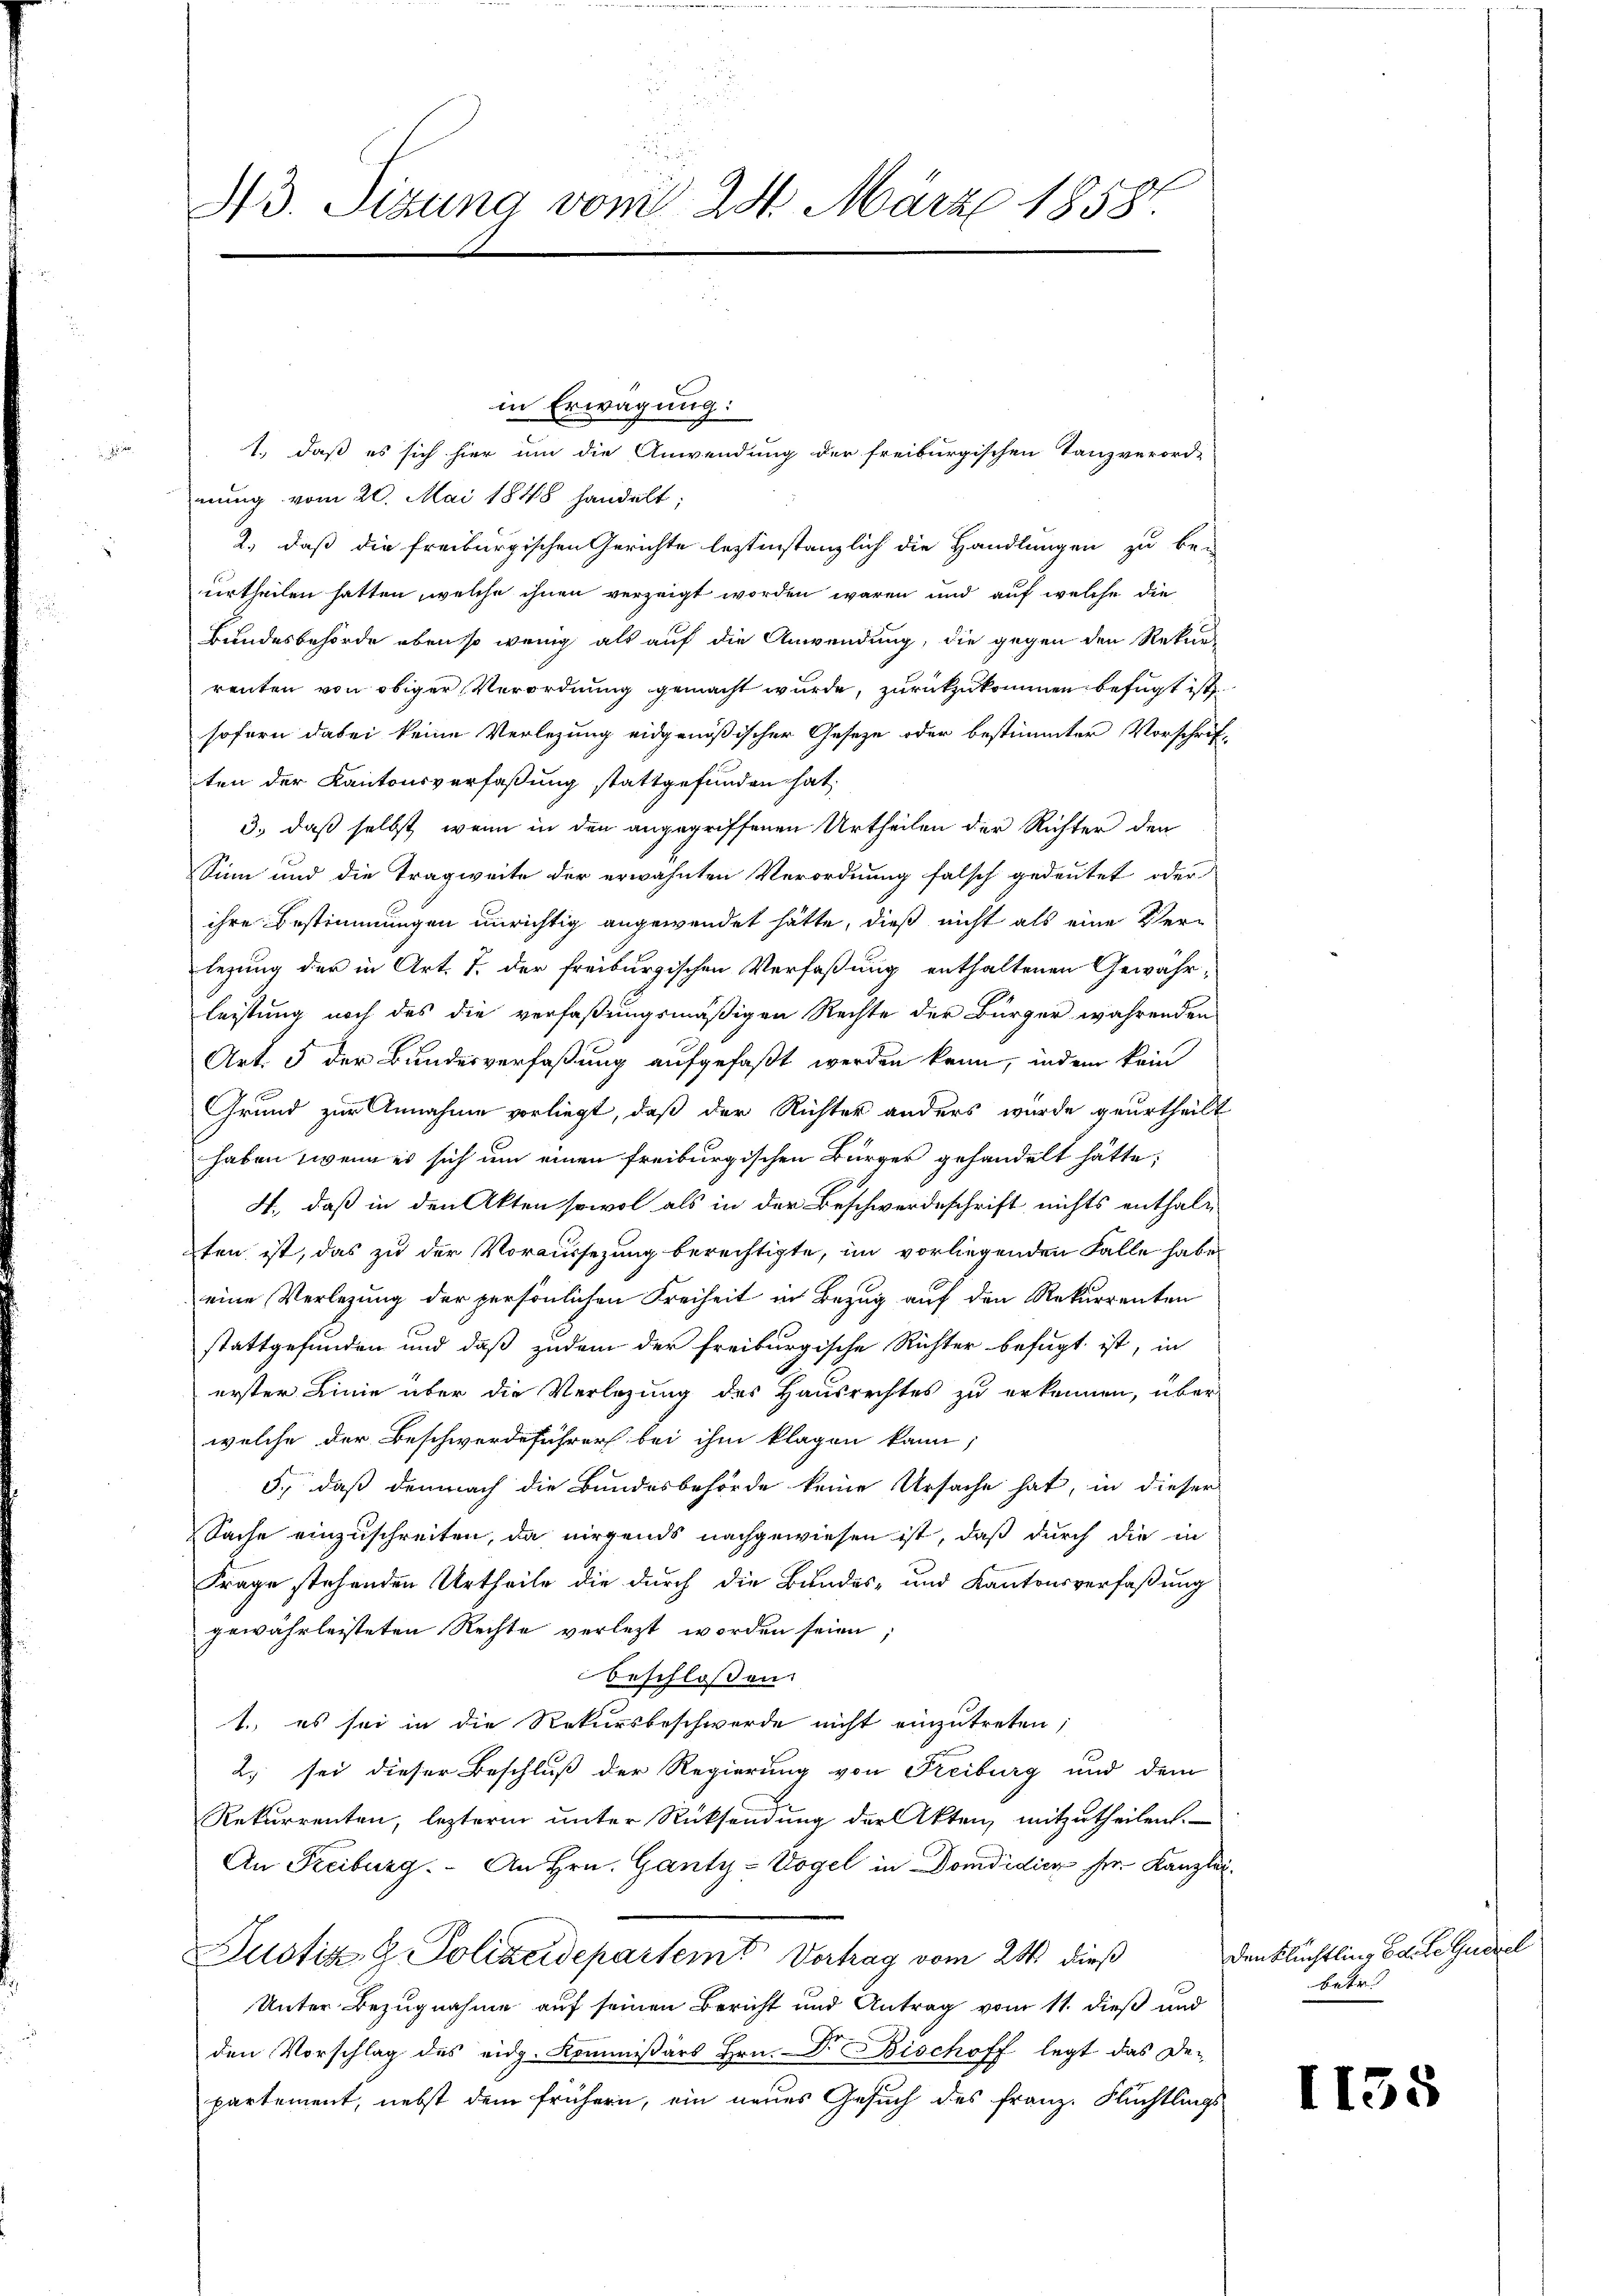
1

43. Sizung vom 24. März 18587.

nung vom 20. Mai 1848 handelt;
2., daß die freiburgischen Gerichte lestinstanzlich die Handlungen zu be-
urtheilen hatten, welche ihnen verzeigt worden wären und auf welche die
Bundesbehörde eben so wenig als auf die Anwendung, die gegen den Rekur-
renten von obiger Verordnung gemacht wurde, zurückzukommen befugt ist.
sofern dabei keine Verlegung eidgenößischer Geseze oder bestimmter Vorschriften der Kantonsverfaßung stattgefunden hat,
3.) daß selbst, wenn in den angegriffenen Urtheilen der Richter den
Sinn und die Tragweite der erwähnten Verordnung falsch gedeutet oder
ihre Bestimmungen unrichtig angewendet hätte, dieß nicht als eine Verlegung der in Art. 7. der freiburgischen Verfaßung enthaltenen Gewähr-
leistung noch des die verfaßungsmäßigen Rechte der Bürger währenden
Art. 5 der Bundesverfaßung aufgefaßt werden kann, indem kein
Grund zur Annahme vorliegt, daß der Richter anders wurde geurtheilt
haben, wenn es sich um einen freiburgischen Bürger gehandelt hätte;
4., daß in den Akten sowol als in der Beschwerdeschrift nichts enthalten ist, das zu der Voraussezung berechtigte, im vorliegenden Falle habe
eine Verlegung der persönlichen Freiheit in Bezug auf den Rekurrenten
stattgefunden und daß zudem der freiburgische Richter befugt ist, in
erster Linie über die Verlegung des Hausrechtes zu erkennen, über
welche der Beschwerdeführer bei ihm klagen kann,
5., daß demnach die Bundesbehörde keine Ursache hat, in dieser
Sache einzuschreiten, da nirgends nachgewiesen ist, daß durch die in
Frage stehenden Urtheile die durch die Bundes- und Kantonsverfaßung
gewährleisteten Rechte verletzt worden seien
beschlossen:
1. es sei in die Rekursbeschwerde nicht einzutreten;
2) sei dieser Beschluß der Regierung von Freiburg und dem
Rekurrenten, leztere unter Rücksendung der Akten, mitzutheilen.
An Freiburg. An Hrn. Ganty-Vogel in Domdidien ser Kanzli
Justiz G. Polizeidepartem Vortrag vom 24. dieß
Unter Bezugnahme auf seinen Bericht und Antrag vom 11. dieß und
den Vorschlag des eidg. Kommißärs Hrn. Dr. Bischoff legt das Departement, nebst dem frühern, ein neues Gesuch des Franz. Flüchtlings

in Erwägung:

1., daß es sich hier um die Anwendung der freiburgischen Tanzverord-

.

denklichtling Balte Guarel
betr.

1135